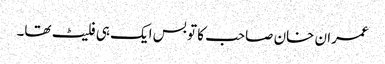
عمران خان صاحب کا تو بس ایک ہی فلیٹ تھا۔